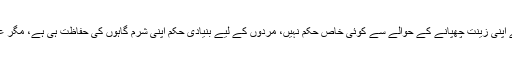
زینت یا آرائش کے حوالے سے اب اگر مردوں اور عورتوں کے لیے الگ الگ دیکھا جائے تو مردوں کے لیے اپنی زینت چھپانے کے حوالے سے کوئی خاص حکم نہیں، مردوں کے لیے بنیادی حکم اپنی شرم گاہوں کی حفاظت ہی ہے، مگر عورتوں کے حوالے سے قرآن کریم کی آیات کے مطابق وہ اپنی آرائش مخصوص لوگوں کو ہی دکھا سکتی ہیں۔